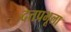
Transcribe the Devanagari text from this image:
दत्तप्रभूला